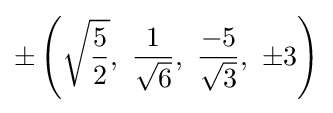
\pm \left({\sqrt {\frac {5}{2}}},\ {\frac {1}{\sqrt {6}}},\ {\frac {-5}{\sqrt {3}}},\ \pm 3\right)